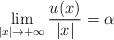
LaTeX: \begin{align*}\mathop {\lim }\limits_{|x| \to +\infty } \frac{{u(x)}}{{|x|}} = \alpha \end{align*}